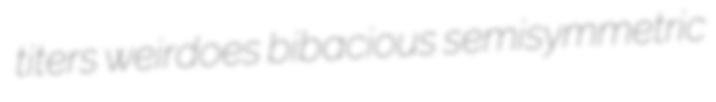
titers weirdoes bibacious semisymmetric